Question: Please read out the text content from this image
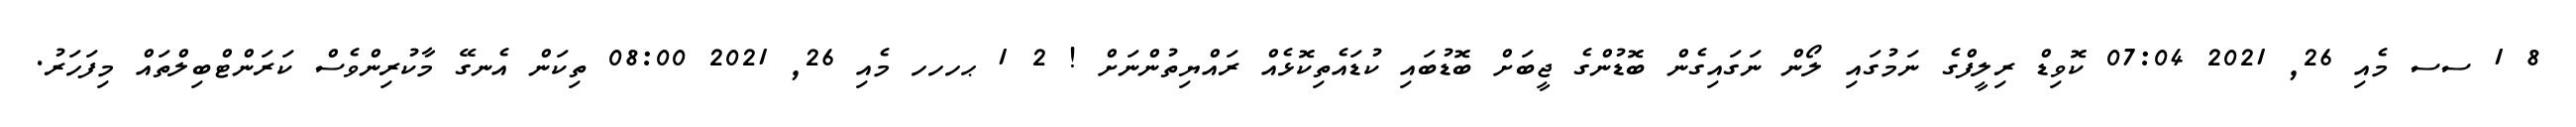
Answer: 8 1 ސސ މެއި 26, 2021 07:04 ކޮވިޑް ރިލީފްގެ ނަމުގައި ލޯން ނަގައިގެން ބޮޑުންގެ ޖީބަށް ބޮޑުބައި ކުޑައެތިކޮޅެއް ރައްޔިތުންނަށް ! 2 1 ޙހހހ މެއި 26, 2021 08:00 ތިކަން އެނގޭ މާކުރިންވެސް ކަރަންޓްބިލްތައް މިފަހަރު.